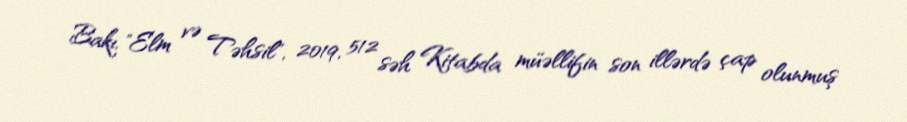
Bakı, "Elm və Təhsil", 2019, 512 səh Kitabda müəllifin son illərdə çap olunmuş